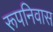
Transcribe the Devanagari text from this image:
रूपनिवास